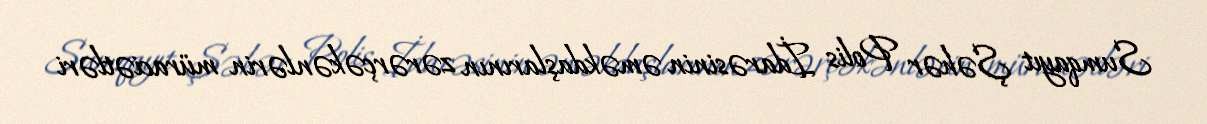
Sumqayıt Şəhər Polis İdarəsinin əməkdaşlarının zərərçəkənlərin müraciətləri